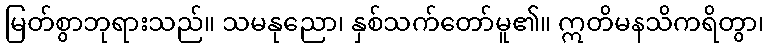
မြတ်စွာဘုရားသည်။ သမနုညော၊ နှစ်သက်တော်မူ၏။ ဣတိမနသိကရိတွာ၊